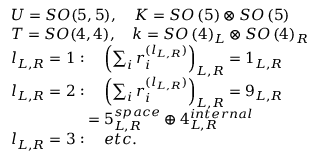
\begin{array} { l } { { U = S O ( 5 , 5 ) , \quad K = S O \left( 5 \right) \otimes S O \left( 5 \right) } } \\ { { T = S O ( 4 , 4 ) , \quad k = S O \left( 4 \right) _ { L } \otimes S O \left( 4 \right) _ { R } } } \\ { { l _ { L , R } = 1 : \quad \left( \sum _ { i } r _ { i } ^ { ( l _ { L , R } ) } \right) _ { L , R } = 1 _ { L , R } } } \\ { { l _ { L , R } = 2 : \quad \left( \sum _ { i } r _ { i } ^ { ( l _ { L , R } ) } \right) _ { L , R } = 9 _ { L , R } } } \\ { { \quad \quad \quad \quad \quad = 5 _ { L , R } ^ { s p a c e } \oplus 4 _ { L , R } ^ { i n t e r n a l } } } \\ { { l _ { L , R } = 3 : \quad e t c . } } \end{array}